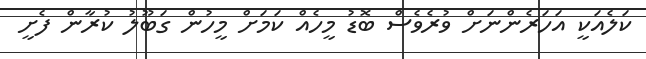
ކަލެއަކީ އަހަރެންނަށް ވުރެވެސް ބޮޑު މީހެއް ކަމަށް މީހުން ގަބޫލު ކުރާން ފެށީ